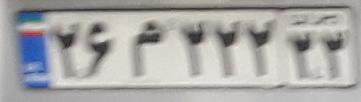
۲۶م۲۲۲۲۲